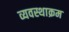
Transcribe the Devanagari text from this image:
व्यवस्थाक्रम